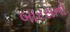
બારસનો